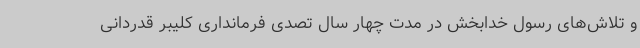
و تلاش‌های رسول خدابخش در مدت چهار سال تصدی فرمانداری کلیبر قدردانی